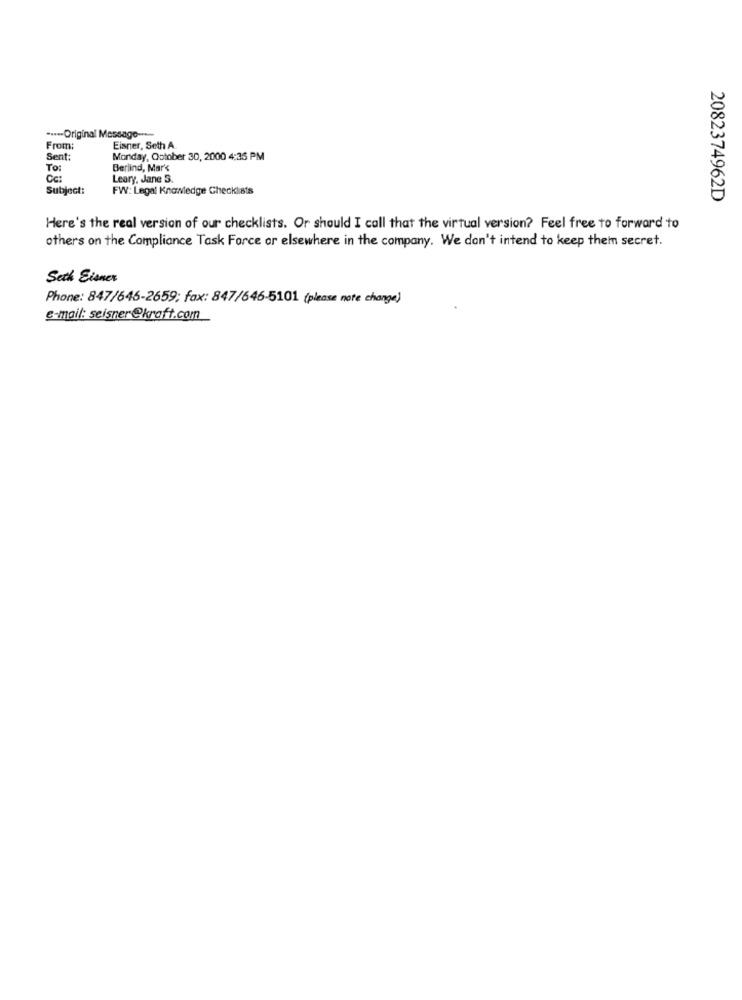
....- Original Message -...
From:
Eisner, Seth A
Sent:
Monday, October 30, 2000 4:35 PM
TO:
Berlind, Mar's
Cc:
Leary, Jane S.
Subject:
FW: Legal Knowledge Checklists
2082374962D
Here's the real version of our checklists. Or should I call that the virtual version? Feel free to forward to
others on the Compliance Task Force or elsewhere in the company. We don't intend to keep them secret.
Seth Eisner
Phone: 847/646-2659; fax: 847/646-5101 (please note change)
e-mail: seisner@kraft.com